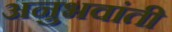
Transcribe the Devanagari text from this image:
अनुभवांती